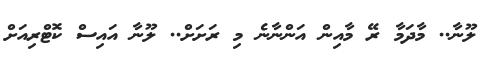
ލޫނާ.. މާދަމާ ރޭ މާއިން އަންނާނެ މި ރަށަށް.. ލޫނާ އައިސް ކޮޓްރިއަށް